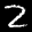
Label: 2